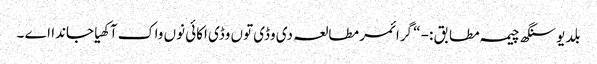
بلدیو سنگھ چیمہ مطابق :- “ گرائمر مطالعہ دی وڈی توں وڈی اکائی نوں واک آکھیا جاندا اے ۔